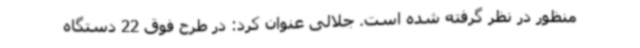
منظور در نظر گرفته شده است. جلالی عنوان کرد: در طرح فوق 22 دستگاه